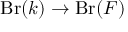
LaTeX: \operatorname { B r } ( k ) \to \operatorname { B r } ( F )